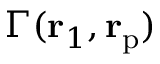
\Gamma ( { \bf { r } } _ { 1 } , { \bf { r } } _ { \mathrm p } )